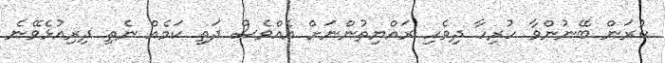
ކުރަން ބޭނުންވާ ހުރިހާ ދިވެހި ރައްޔިތުންނަށް އެއްވެސް ދަތި ކަމެއް ނެތި ދިރިއުޅެވޭނެ